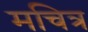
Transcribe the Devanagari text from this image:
मचित्र